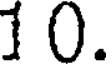
10.